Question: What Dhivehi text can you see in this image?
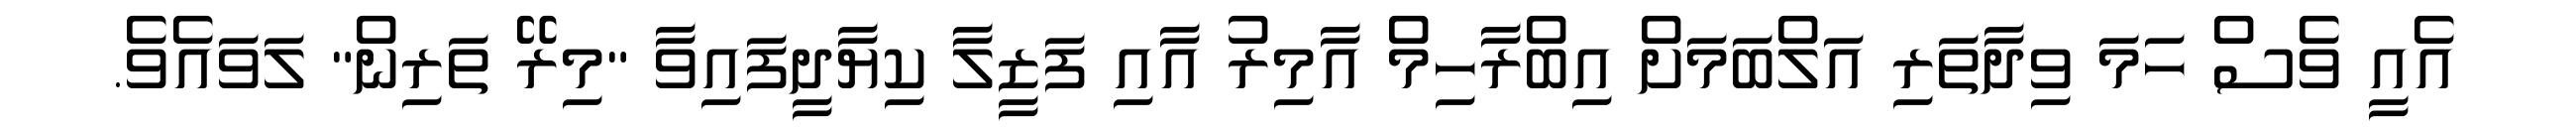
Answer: އެއީ ވެސް ހަމަ ވިދާތަރި އަލްބަމަށް އިބްރާހިމް އާމިރު އާއި ފަޒީލާ ކިޔާދީފައިވާ "މިރޭ ތަރިން" ލަވައެވެ.